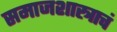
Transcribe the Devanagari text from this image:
समाजशास्त्राचं